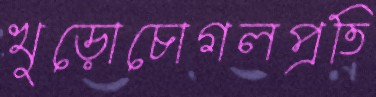
খুড়োচোগলপ্রতি